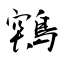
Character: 鶟